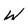
Character: W